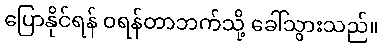
ပြောနိုင်ရန် ဝရန်တာဘက်သို့ ခေါ်သွားသည်။